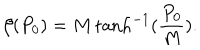
LaTeX: \beta ( P _ { 0 } ) = M \tanh ^ { - 1 } ( \frac { P _ { 0 } } { M } ) .